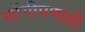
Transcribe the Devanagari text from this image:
सोंगीपणाही